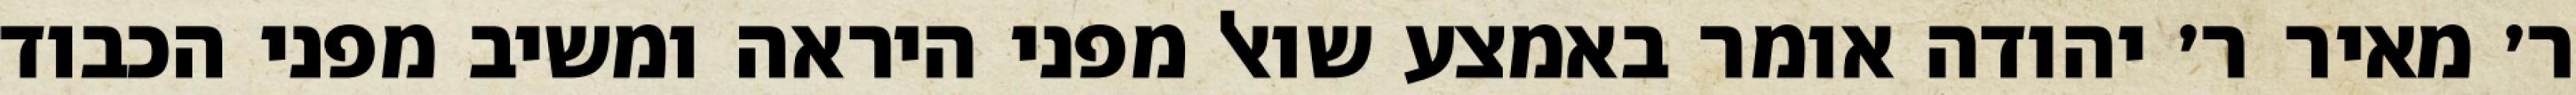
ר׳ מאיר ר׳ יהודה אומר באמצע שואל מפני היראה ומשיב מפני הכבוד